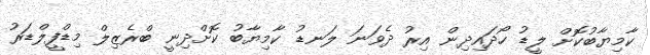
ކާމިޔާބުކޮށް ލީޑު ހޯދައިދިން އިރު ދެވަނަ ލަނޑު ކާމިޔާބު ކޮށްދިނީ ބްރެޒިލް މިޑްފީލްޑަރު